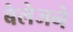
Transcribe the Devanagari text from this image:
बेलेजने